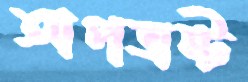
অপভ্রষ্ট